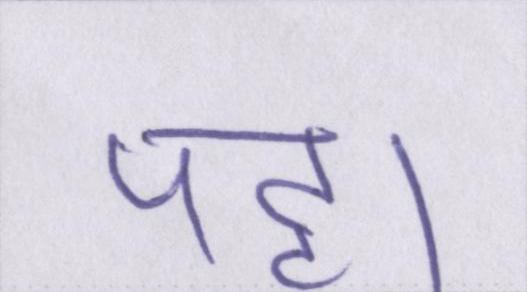
पट्टा